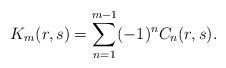
LaTeX: \begin{align*}K_{m}(r,s)=\sum_{n=1}^{m-1}(-1)^{n}C_{n}(r,s). \end{align*}